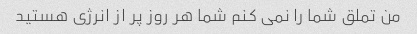
من تملق شما را نمی کنم شما هر روز پر از انرژی هستید